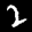
Label: 2